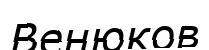
Венюков